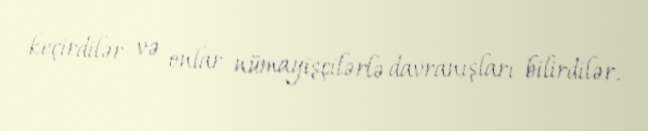
keçirdilər və onlar nümayişçilərlə davranışları bilirdilər.